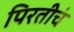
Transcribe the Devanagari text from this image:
पिरतीचं